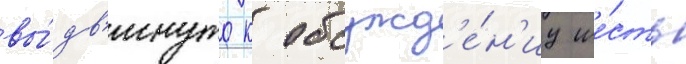
вы́дв'инуто к обсужд'е́н'иу ше́сть